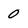
Character: 0